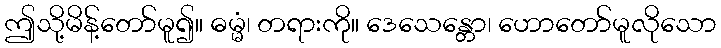
ဤသို့မိန့်တော်မူ၍။ ဓမ္မံ၊ တရားကို။ ဒေသေန္တော၊ ဟောတော်မူလိုသော